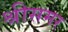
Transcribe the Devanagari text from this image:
श्रीसमर